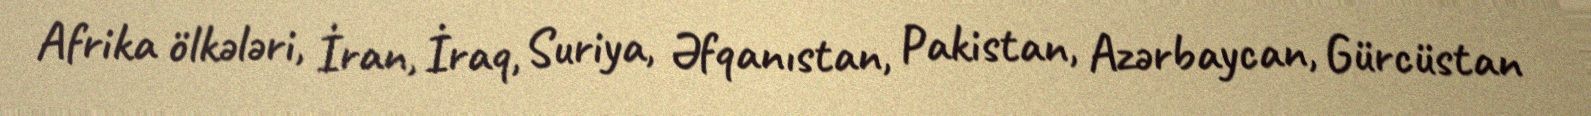
Afrika ölkələri, İran, İraq, Suriya, Əfqanıstan, Pakistan, Azərbaycan, Gürcüstan